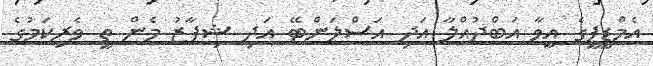
އެމްޑީޕީގެ އީވާ އަބްދުއްލާ އަދި އަސްލަންޓޭ އަދި ޝިފާޒު މެން ތީ ވެރިކަމުގެ